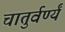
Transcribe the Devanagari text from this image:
चातुर्वर्ण्यं